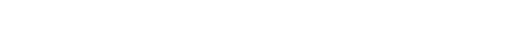
ရပ်ဆိုင်းမှုများ ပေါင်ခြံအား တရားဝင်ထုတ်ပြန်ခဲ့ပြီးနောက် တရုတ်ပြင်ပ ကာဗွန်နည်းပြီး